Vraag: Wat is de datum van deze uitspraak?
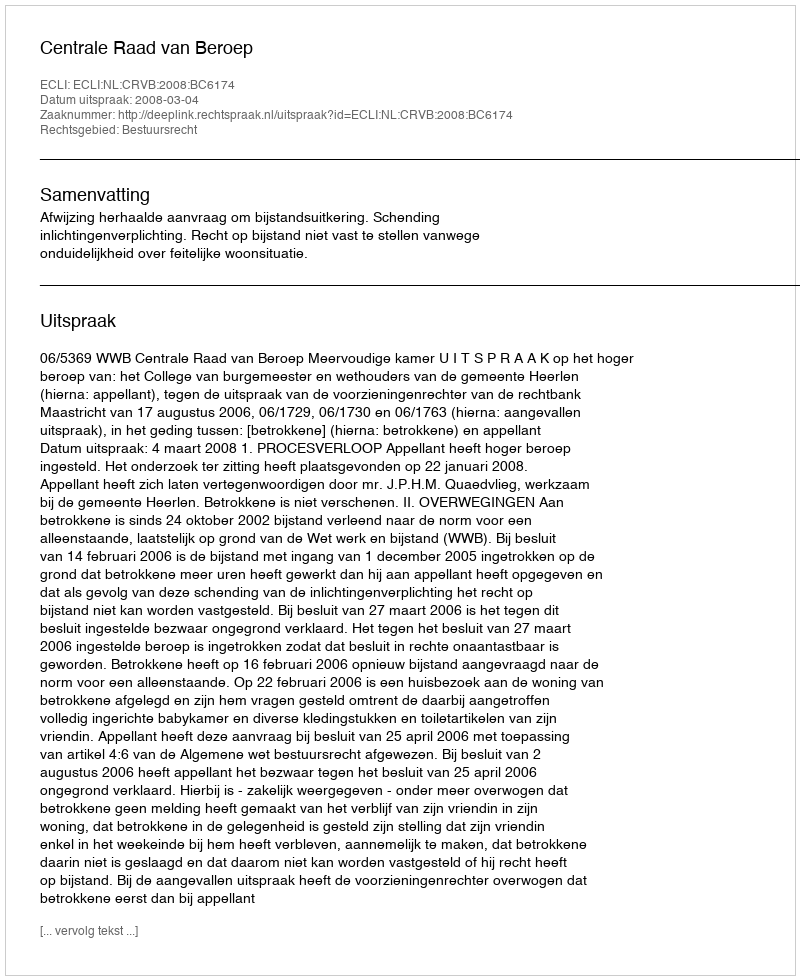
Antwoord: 2008-03-04